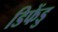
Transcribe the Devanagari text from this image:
डिफेंडु